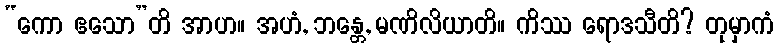
“ကော ဧသော”တိ အာဟ။ အဟံ, ဘန္တေ, မဏိလိယာတိ။ ကိဿ ရောဒသီတိ? တုမှာကံ